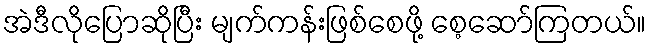
အဲဒီလိုပြောဆိုပြီး မျက်ကန်းဖြစ်စေဖို့ စေ့ဆော်ကြတယ်။